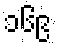
၁၆၉